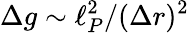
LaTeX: \Delta g\sim\ell_{P}^{2}/(\Delta r)^{2}